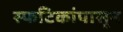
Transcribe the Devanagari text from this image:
स्फटिकांपासून